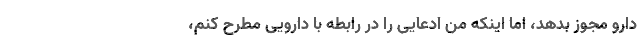
دارو مجوز بدهد، اما اینکه من ادعایی را در رابطه با دارویی مطرح کنم،